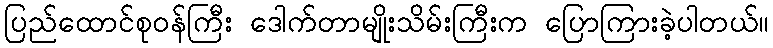
ပြည်ထောင်စုဝန်ကြီး ဒေါက်တာမျိုးသိမ်းကြီးက ပြောကြားခဲ့ပါတယ်။